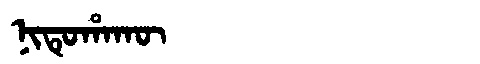
Manchu: ᠨᡳᡨᡠᡥᠠᡴᡡ
Romanization: NITUHAKŪ